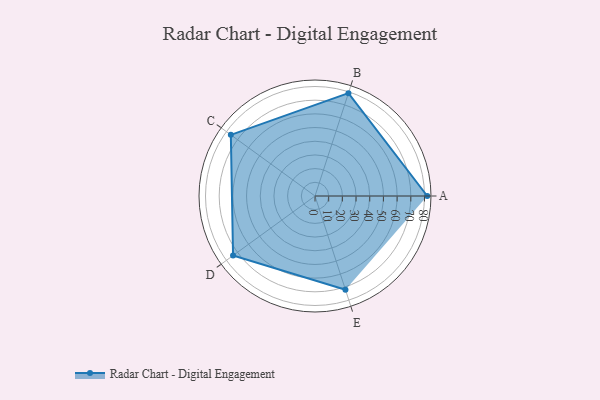
{"axis": {"x": "Skill", "y": "Score"}, "legend": ["Profile"], "data": [{"x": "A", "y": 82.0, "type": "Profile"}, {"x": "B", "y": 79.0, "type": "Profile"}, {"x": "C", "y": 76.0, "type": "Profile"}, {"x": "D", "y": 74.0, "type": "Profile"}, {"x": "E", "y": 72.0, "type": "Profile"}]}